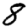
Digit: 8